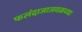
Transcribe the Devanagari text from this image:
फलंदाजाजवळच्या